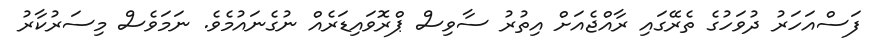
ފަސްއަހަރު ދުވަހުގެ ތެރޭގައި ރާއްޖެއަށް އިތުރު ސާވިސް ޕްރޮވައިޑަރެއް ނުގެނައުމެވެ. ނަމަވެސް މިސަރުކާރު